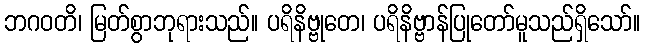
ဘဂဝတိ၊ မြတ်စွာဘုရားသည်။ ပရိနိဗ္ဗုတေ၊ ပရိနိဗ္ဗာန်ပြုတော်မူသည်ရှိသော်။